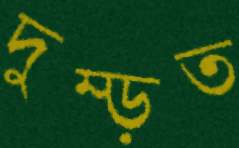
দুম্‌ড়ত